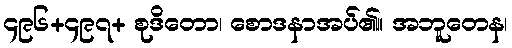
၄၉၆+၄၉၇+ စုဒိတော၊ စောဒနာအပ်၏။ အဘူတေန၊